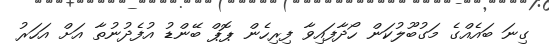
ގިނަ ބައެއްގެ މަގުބޫލުކަން ހޯދާފައިވާ ފިރިހެން ޕޮޕް ބޭންޑު އުފެދުނުތާ އަށް އަހަރު